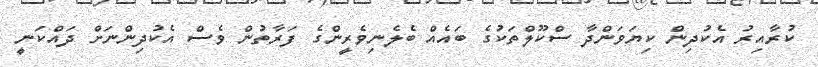
ކުރާއިރު އެކުދިން ކިޔަވަންދާ ސްކޫލްތަކުގެ ބައެއް ބެލެނިވެރީންގެ ފަރާތުން ވެސް އެކުދިންނަށް ދައްކަނީ